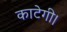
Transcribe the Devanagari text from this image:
काटेगी।